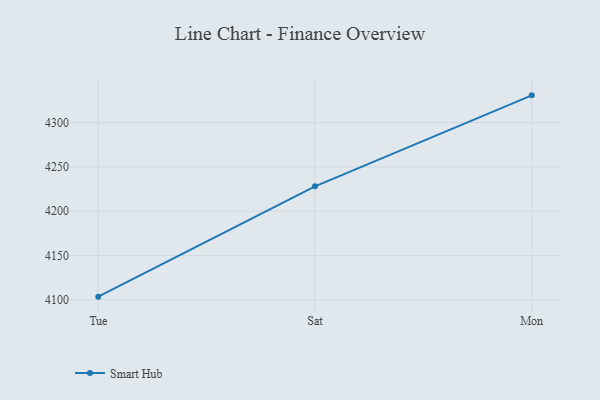
{"axis": {"x": "Day", "y": "Tickets Resolved"}, "legend": ["Smart Hub"], "data": [{"x": "Tue", "y": 4103.5, "type": "Smart Hub"}, {"x": "Sat", "y": 4228.1, "type": "Smart Hub"}, {"x": "Mon", "y": 4330.8, "type": "Smart Hub"}]}